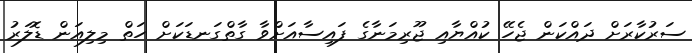
ސަރުކާރަށް ދައްކަން ޖެހޭ ކުއްޔާއި ޖޫރިމަނާގެ ފައިސާއަށްވާ ގާތްގަނޑަކަށް ހަތް މިލިއަން ޑޮލަރު